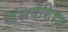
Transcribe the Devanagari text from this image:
संसदेशिवाय